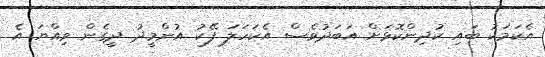
އެކަމަކު ބައި ކުދިންކޮޅަށް އަބަދުވެސް އެކަހަލަ ފޭކު އުންމީދު ދީގެން ވިއްޔަ އެ